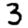
Digit: 3